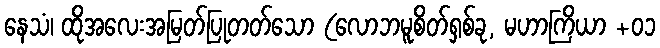
နေသံ၊ ထိုအလေးအမြတ်ပြုတတ်သော (လောဘမူစိတ်ရှစ်ခု, မဟာကြိယာ +၀၁